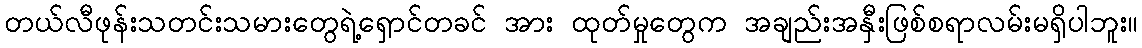
တယ်လီဖုန်းသတင်းသမားတွေရဲ့ရှောင်တခင် အား ထုတ်မှုတွေက အချည်းအနှီးဖြစ်စရာလမ်းမရှိပါဘူး။